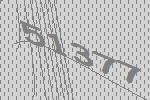
51377